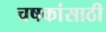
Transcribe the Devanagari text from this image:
चषकांसाठी